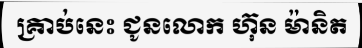
គ្រាប់នេះ ជូនលោក ហ៊ុន ម៉ានិត